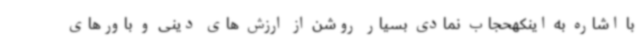
با اشاره به اینکهحجاب نمادی بسیار روشن از ارزش های دینی و باورهای